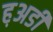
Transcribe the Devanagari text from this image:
ह़अडी